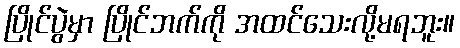
ပြိုင်ပွဲမှာ ပြိုင်ဘက်ကို အထင်သေးလို့မရဘူး။